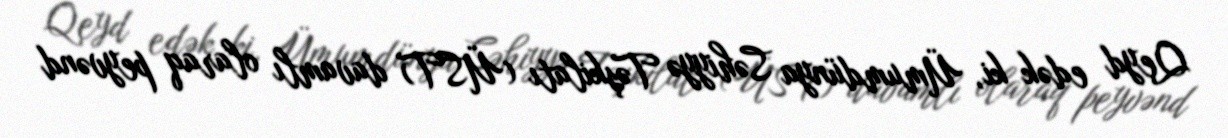
Qeyd edək ki, Ümumdünya Səhiyyə Təşkilatı (ÜST) davamlı olaraq peyvənd